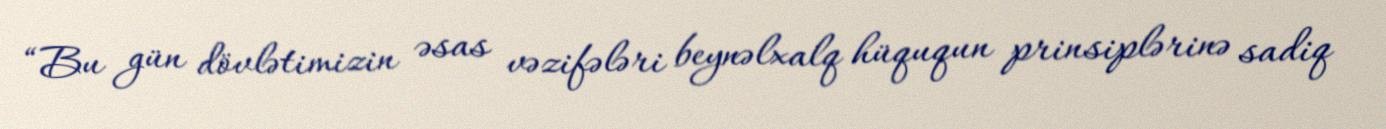
“Bu gün dövlətimizin əsas vəzifələri beynəlxalq hüququn prinsiplərinə sadiq